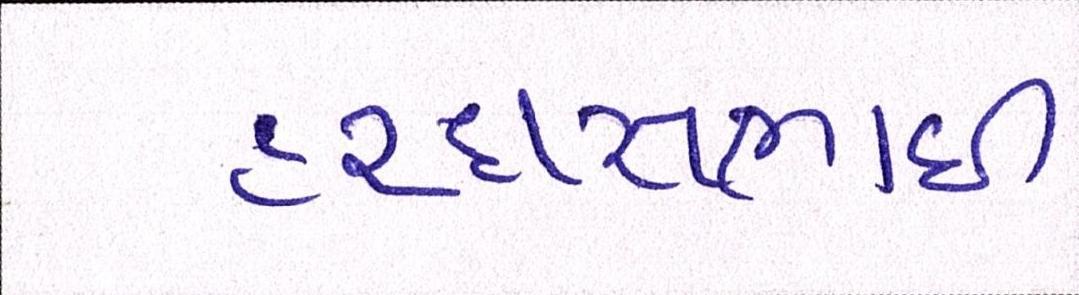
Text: હરદાસભાઇ